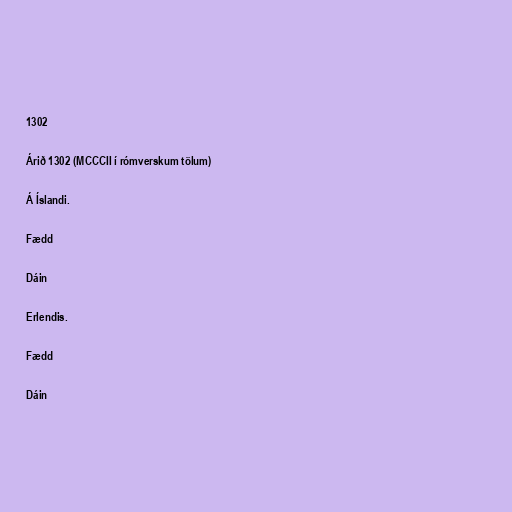
1302

Árið 1302 (MCCCII í rómverskum tölum)

Á Íslandi.

Fædd

Dáin

Erlendis.

Fædd

Dáin